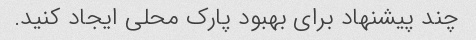
چند پیشنهاد برای بهبود پارک محلی ایجاد کنید.